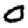
Digit: 0